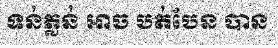
ទន់ភ្លន់ អាច បត់បែន បាន